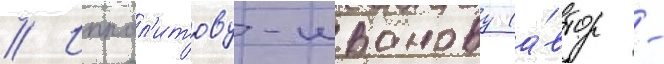
// Иппол'итову-иванову (а́втор -